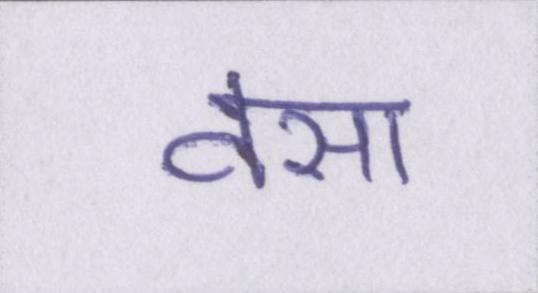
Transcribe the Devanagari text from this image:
वसा